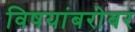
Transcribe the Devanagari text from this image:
विषयांबरोबर